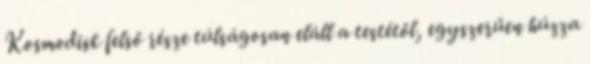
Kosmodisk felső része túlságosan eláll a testétől, egyszerűen húzza